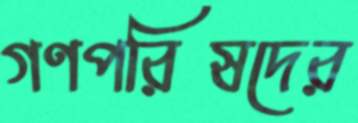
গণপরিষদের